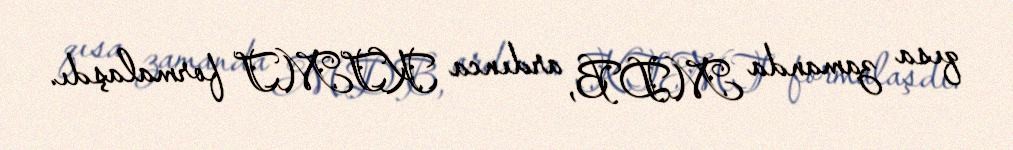
qısa zamanda MDB, ardınca KTMT formalaşdı.